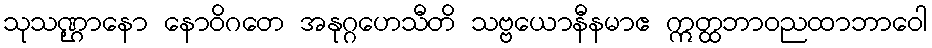
သုသဏ္ဌာနော နောဝိဂတေ အနုဂ္ဂဟေသီတိ သဗ္ဗယောနီနမာဧ ဣတ္ထဘာဝညထာဘာဝေါ